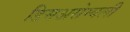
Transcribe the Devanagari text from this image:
डिसअसेम्बली